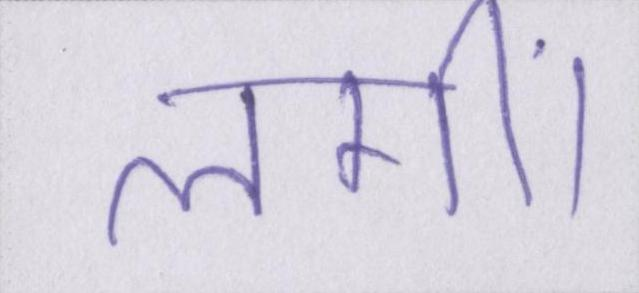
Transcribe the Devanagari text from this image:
लगीं।